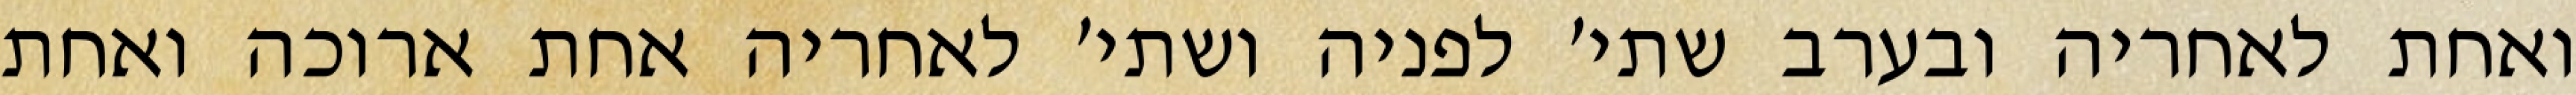
ואחת לאחריה ובערב שתי׳ לפניה ושתי׳ לאחריה אחת ארוכה ואחת